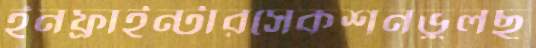
ইনফ্রাইন্টারসেকশনভুলছ